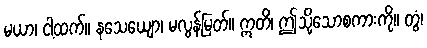
မယာ၊ ငါ့ထက်။ နသေယျော၊ မလွန်မြတ်။ ဣတိ၊ ဤသို့သောစကားကို။ တွံ၊